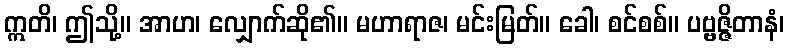
ဣတိ၊ ဤသို့။ အာဟ၊ လျှောက်ဆို၏။ မဟာရာဇ၊ မင်းမြတ်။ ခေါ၊ စင်စစ်။ ပဗ္ဗဇ္ဇိတာနံ၊